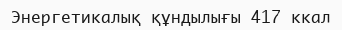
Энергетикалық құндылығы 417 ккал